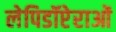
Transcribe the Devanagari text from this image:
लेपिडॉप्टेराओं